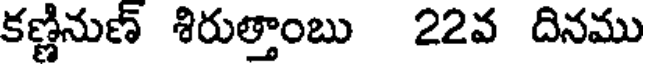
కణ్ణినుణ్ శిరుత్తాంబు 22వ దినము